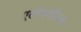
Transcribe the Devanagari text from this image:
एलोक्वेंतिया